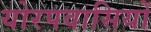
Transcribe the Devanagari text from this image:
योरपवासियों